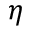
\eta